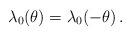
LaTeX: \begin{align*}\lambda_0(\theta) = \lambda_0(-\theta)\,.\end{align*}